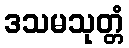
ဒသမသုတ္တံ